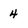
Character: 4